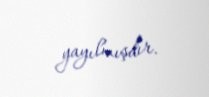
yayılmışdır.